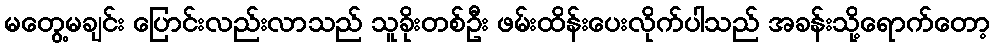
မတွေ့မချင်း ပြောင်းလည်းလာသည် သူခိုးတစ်ဦး ဖမ်းထိန်းပေးလိုက်ပါသည် အခန်းသို့ရောက်တော့